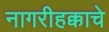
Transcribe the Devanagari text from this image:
नागरीहक्काचे